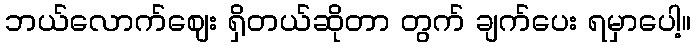
ဘယ်လောက်ဈေး ရှိတယ်ဆိုတာ တွက် ချက်ပေး ရမှာပေါ့။